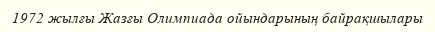
1972 жылғы Жазғы Олимпиада ойындарының байрақшылары